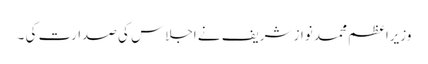
وزیراعظم محمد نواز شریف نے اجلاس کی صدارت کی ۔